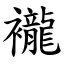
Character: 襱